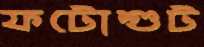
ফটোশুট